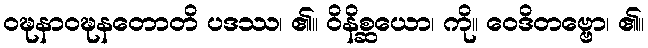
ဝဍ္ဎနာဝဍ္ဎနတောတိ ပဒဿ၊ ၏။ ဝိနိစ္ဆယော၊ ကို။ ဝေဒိတဗ္ဗော၊ ၏။